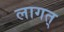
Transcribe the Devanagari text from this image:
लागत्